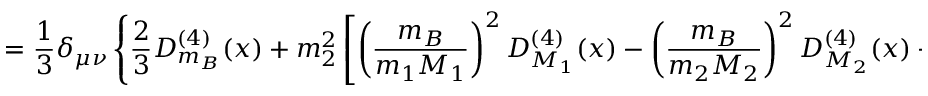
= \frac 1 3 \delta _ { \mu \nu } \left\{ \frac 2 3 D _ { m _ { B } } ^ { ( 4 ) } ( x ) + m _ { 2 } ^ { 2 } \left[ \left( \frac { m _ { B } } { m _ { 1 } M _ { 1 } } \right) ^ { 2 } D _ { M _ { 1 } } ^ { ( 4 ) } ( x ) - \left( \frac { m _ { B } } { m _ { 2 } M _ { 2 } } \right) ^ { 2 } D _ { M _ { 2 } } ^ { ( 4 ) } ( x ) - \frac { 2 m _ { 2 } ^ { 2 } } { M _ { 1 } ^ { 2 } M _ { 2 } ^ { 2 } } D _ { 0 } ^ { ( 4 ) } ( x ) \right] \right\} .